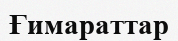
Ғимараттар